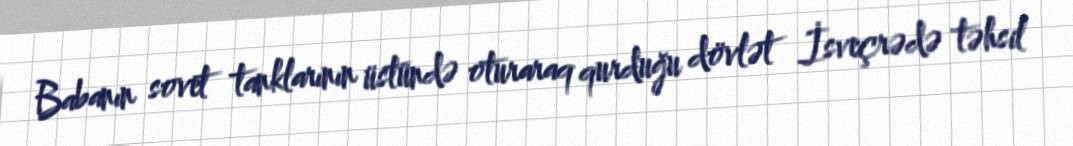
Babanın sovet tanklarının üstündə oturaraq qurduğu dövlət İsveçrədə təhsil